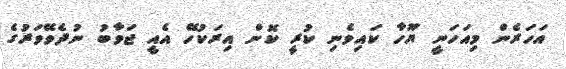
އަހަރެން މިއަހަނީ ޔޫހާ ކައިވެނި ކުރީ ކޮން އިރަކުހޭ އެއީ ޖަވާބު ނުދެވޭވަރުގެ